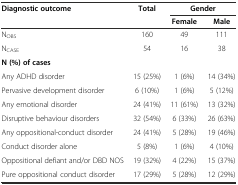
| Diagnostic outcome | Total | <COLSPAN=2> Gender |
 |  |  | Female | Male |
 | --- | --- | --- | --- |
 | NOBS | 160 | 49 | 111 |
 | NCASE | 54 | 16 | 38 |
 | <COLSPAN=4> N (%) of cases |
 | Any ADHD disorder | 15 (25%) | 1 (6%) | 14 (34%) |
 | Pervasive development disorder | 6 (10%) | 1 (6%) | 5 (12%) |
 | Any emotional disorder | 24 (41%) | 11 (61%) | 13 (32%) |
 | Disruptive behaviour disorders | 32 (54%) | 6 (33%) | 26 (63%) |
 | Any oppositional-conduct disorder | 24 (41%) | 5 (28%) | 19 (46%) |
 | Conduct disorder alone | 5 (8%) | 1 (6%) | 4 (10%) |
 | Oppositional defiant and/or DBD NOS | 19 (32%) | 4 (22%) | 15 (37%) |
 | Pure oppositional conduct disorder | 17 (29%) | 5 (28%) | 12 (29%) |